Eesti_Vabariigi_Tartu_Ulikool, lk 33
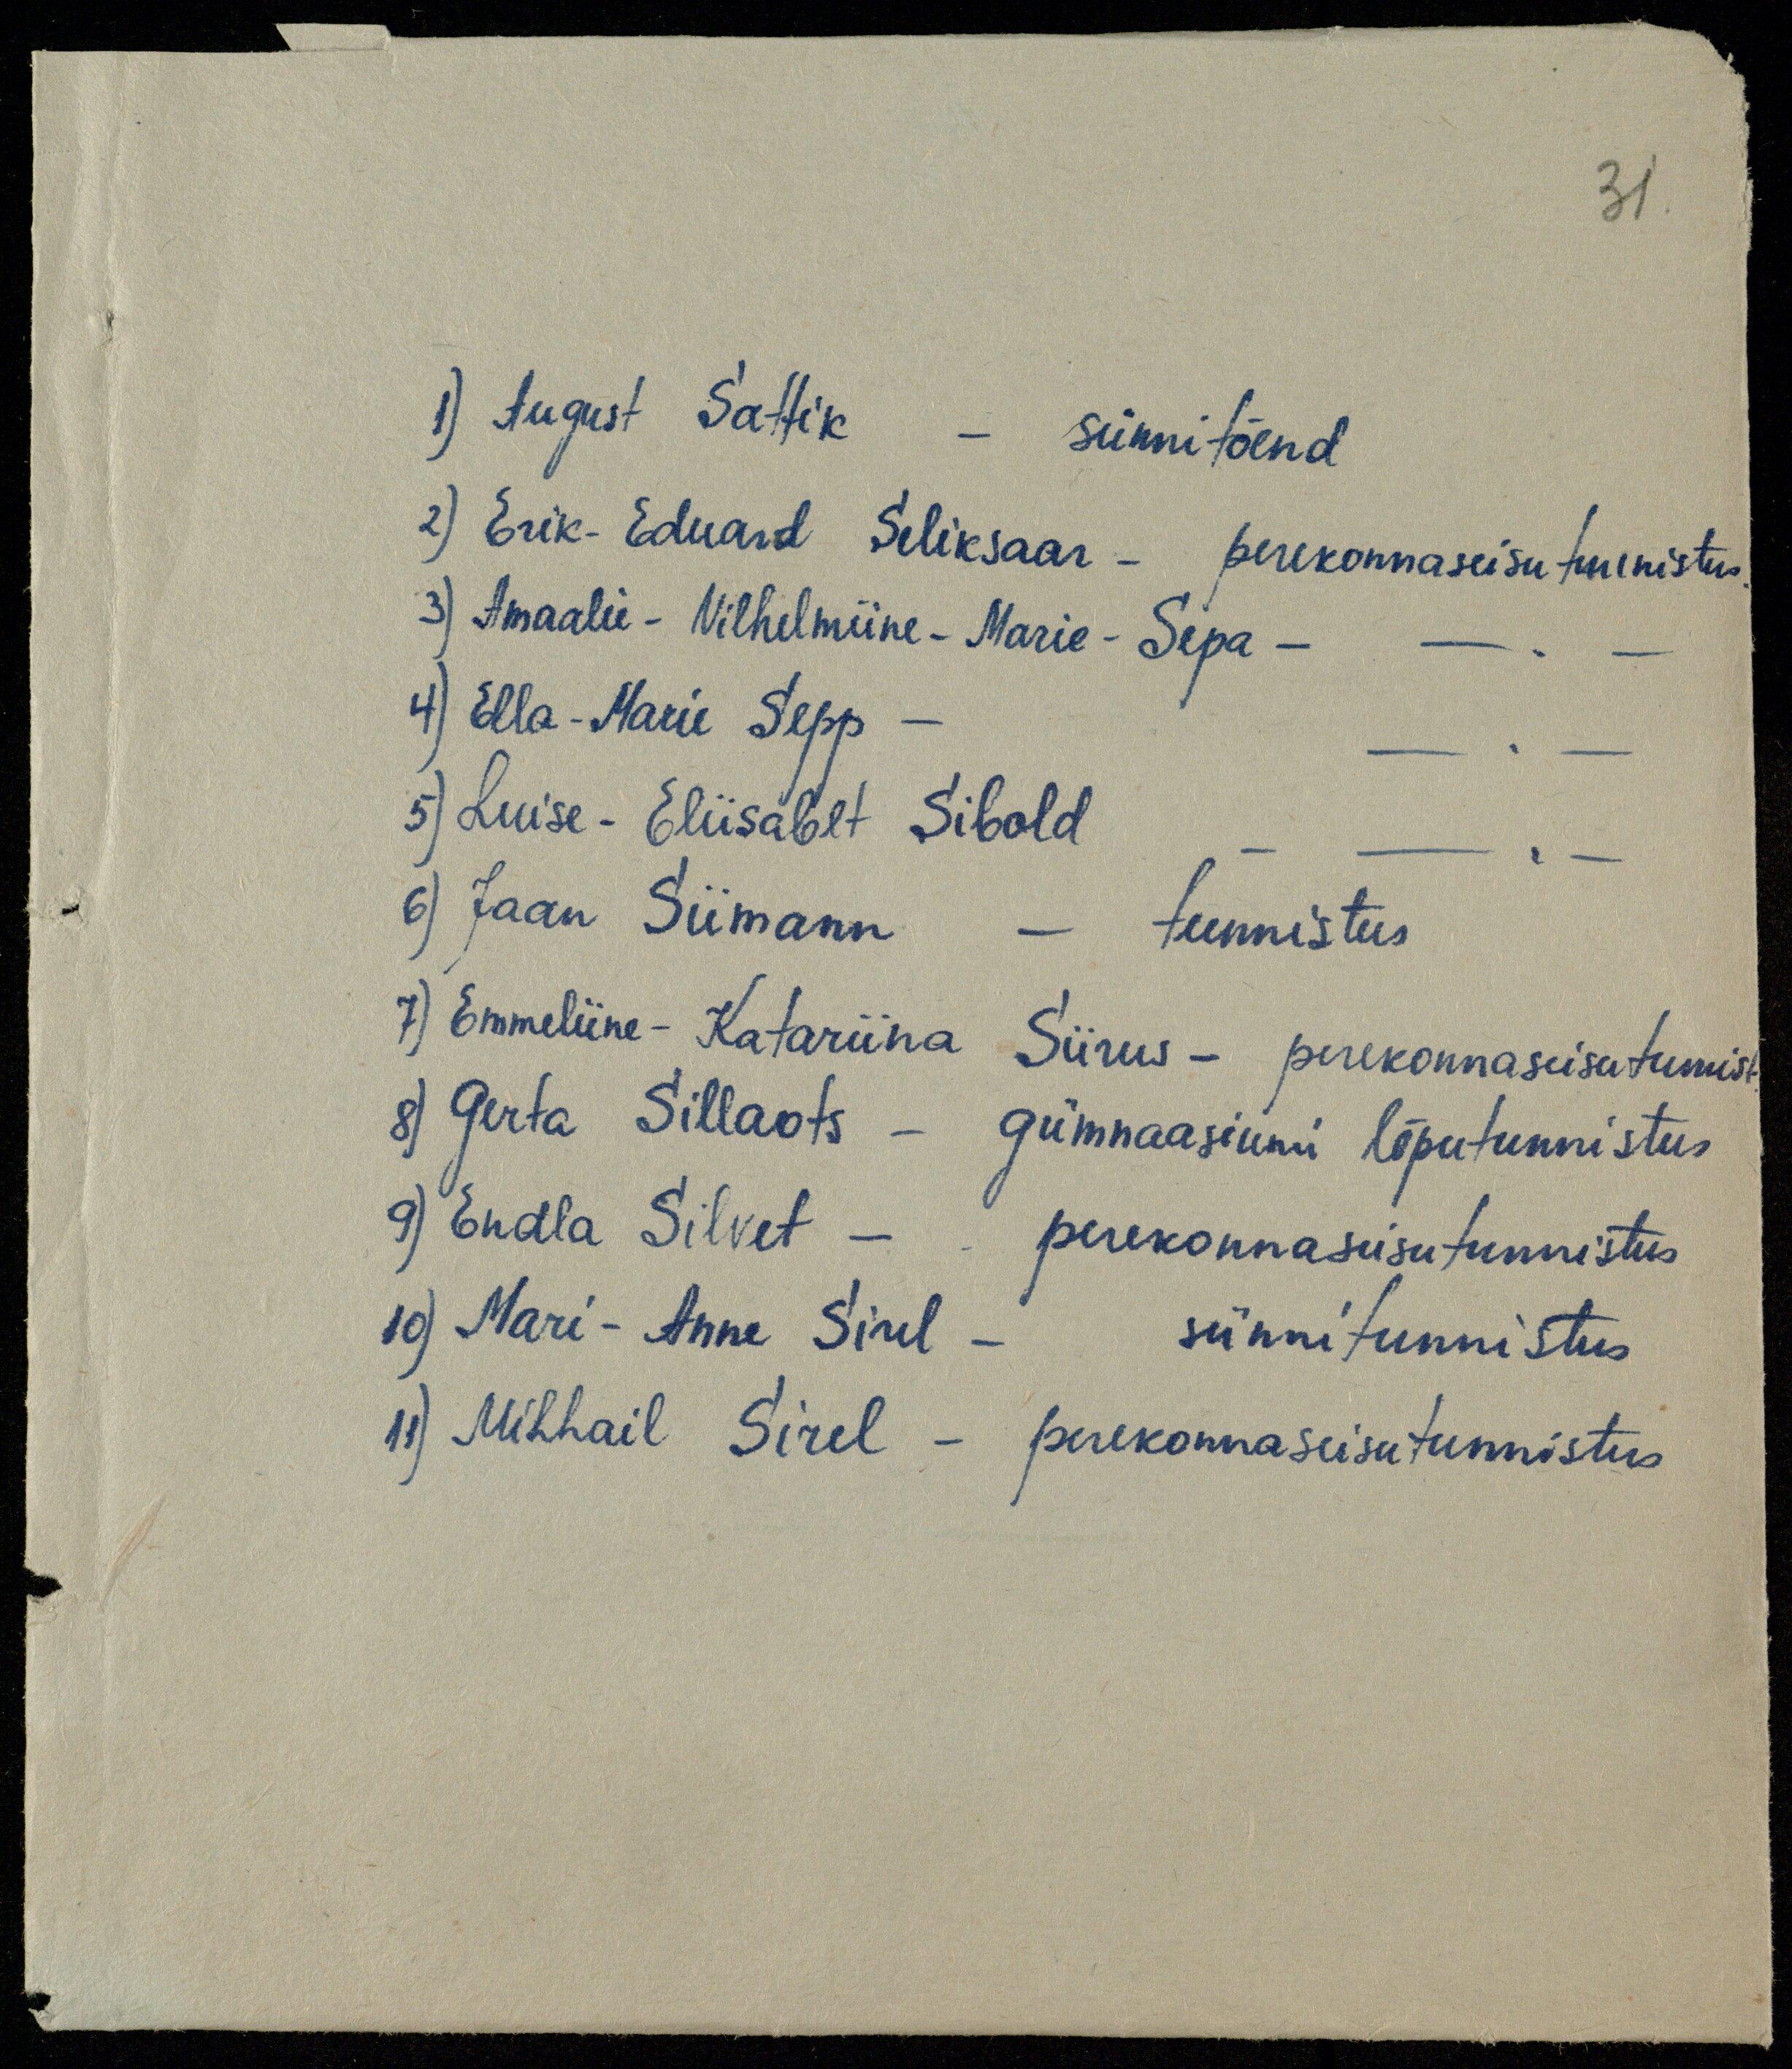
31
1) August Sattik - sünnitõend
2) Erik Eduard Seliksaar - perekonnaseisu tunnistus
3) Amaalie - Vilhelmiine - Marie - Sepa -
4) Ella-Marie Sepp -
5) Luise-Eliisabet Sibold
6) Jaan Siimann - tunnistus
7) Emmeliine-Katariina Siirus - perekonnaseisutunnist.
8) Gerta Sillaots - gümnaasiumi lõputunnistus
9) Endla Silvet - perekonnaseisutunnistus
10) Mari-Anne Sirel - sünnitunnistus
11) Mihhail Sirel - perekonnaseisutunnistus